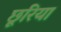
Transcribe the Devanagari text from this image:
छूरिया